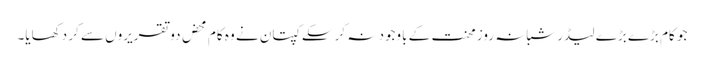
جو کام بڑے بڑے لیڈر شبانہ روز محنت کے باوجود نہ کرسکے کپتان نے وہ کام محض دو تقریروں سے کر دکھایا۔